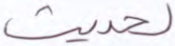
لحديث